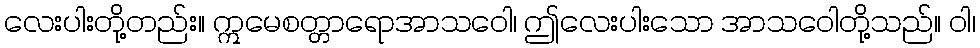
လေးပါးတို့တည်း။ ဣမေစတ္တာရောအာသဝေါ၊ ဤလေးပါးသော အာသဝေါတို့သည်။ ဝါ၊